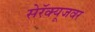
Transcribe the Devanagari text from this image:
सेरॅक्यूजवर